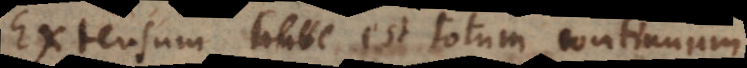
Extensum est totum continuum.